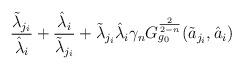
LaTeX: \begin{align*}\frac{\tilde \lambda_{j_{i}}}{\hat \lambda_{i}}+\frac{\hat \lambda_{i}}{\tilde \lambda_{j_{i}}}+\tilde \lambda_{j_{i}}\hat \lambda_{i}\gamma_{n}G_{g_{0}}^{\frac{2}{2-n}}(\tilde a_{j_{i}}, \hat a_{i})\end{align*}